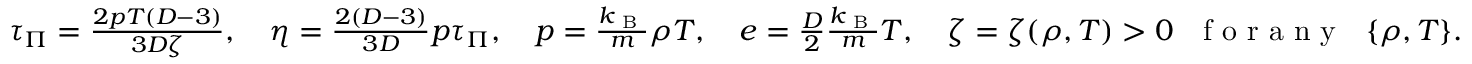
\begin{array} { r } { \tau _ { \Pi } = \frac { 2 p T ( D - 3 ) } { 3 D \zeta } , \quad \eta = \frac { 2 ( D - 3 ) } { 3 D } p \tau _ { \Pi } , \quad p = \frac { k _ { \textrm { B } } } { m } \rho T , \quad e = \frac { D } { 2 } \frac { k _ { \textrm { B } } } { m } T , \quad \zeta = \zeta ( \rho , T ) > 0 \ \ \textrm { f o r a n y } \ \ \{ \rho , T \} . } \end{array}